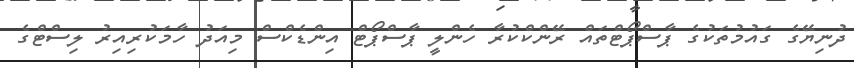
ދުނިޔޭގެ ގައުމުތަކުގެ ޕާސްޕޯޓްތައް ރޭންކްކުރާ ހެންލީ ޕާސްޕޯޓް އިންޑެކްސް މިއަދު ހާމަކުރިއިރު ލިސްޓްގެ